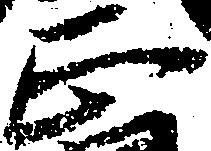
正